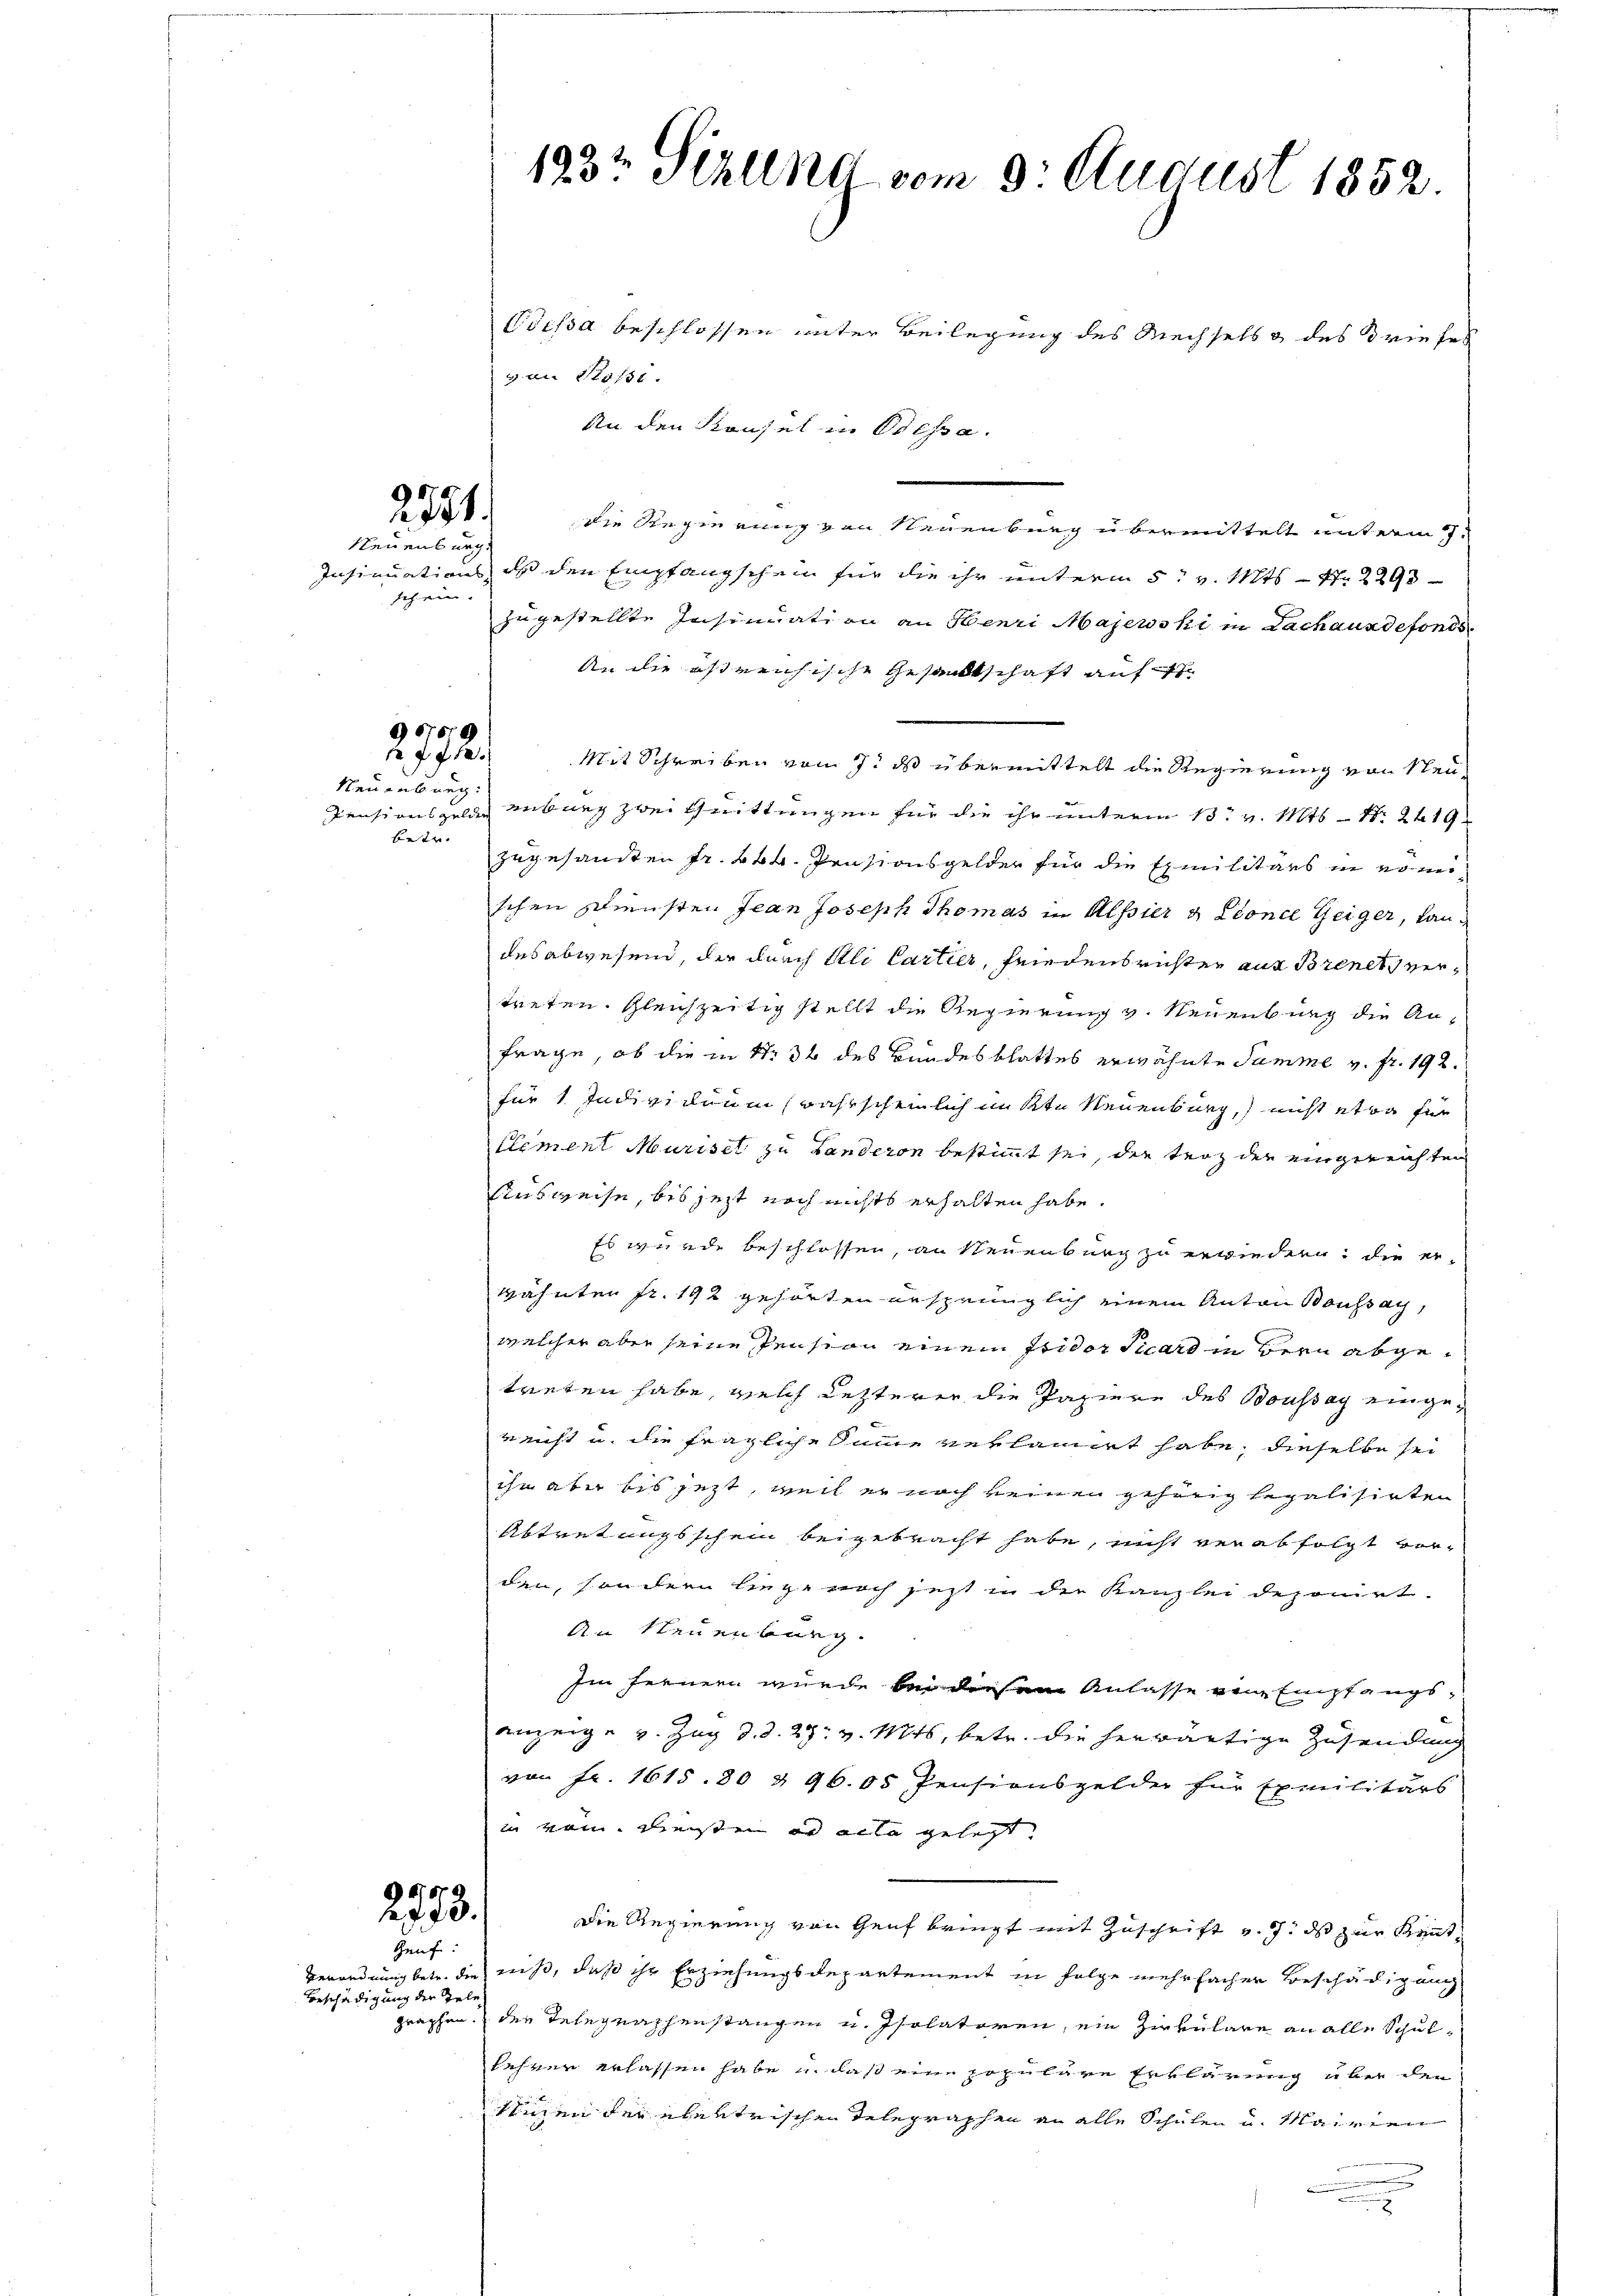
2771.
Neuenburg.

Ich ein

6769
 77 f.

Neuenburg:
betr.

4

Genf:
Beschädigung der Tele¬

1932 Sizung vom 9. August 1852.

Odessa beschlossen unter Beilegung des Mechsels & des Briefes
gan Passi
An den Konsel in Odessa.
die Regierung von Neuenburg übermittelt unterm 7.
Insinuations, ist den Empfangschein für die ihr unterm 5t v. Mts. – Nr. 2293
zugestellte Insinuation an Henri Majewski in Lachausdefonds
An die östreichische Gesandtschaft auf
Mit Schreiben vom 7. ds übermittelt die Regierung von Steu¬
Pensionsgeln anburg zwei Quittungen für die ihr unterm 13t v. Mts. – Nr. 2419
zugesandten Fr. 244. Präsionsgelder für die Emilitärs in voneischen Diensten Jean Joseph Thomas in Messier & Concl Zeiger, Landes abwesend, der durch Ali Cartier, Friedensrichter aus Brenet vertreten. Gleichzeitig stellt die Regierung v. Neuenburg die An-
frage, ob die in Nr. 32 des Bundesblattes erwähnte Summe v. fr. 192.
für 1. Individuum wahrscheinlich mitte Neuenburg, nicht etwa für
Element Muriset zu Landeron bestimmt sei, die terz der eingereichten
Ausweise, bis jezt noch nichts erhalten habe.
Es wurde beschlossen, an Neuenburg zu erwiedern, die erwähnten fr. 192 gehörten ursprünglich einem Anton Boussay,
welcher aber seine Pension einem Fridor Piard in Bern abgetreten habe, welch letzterer die Papiere des Boussay eingereicht u. die fragliche Summe verlangt habe, dieselbe sei
ihm aber bis jezt, weil er noch keinen gehörig legalisirten
Abtretungsschein beigebracht habe, nicht verabfolgt vorden, sondern liege noch zeit in der Kanzlei deponirt
An Neuenburg.
Im ferner wurde bei diesem Anlasse von Empfangsanzeige v. Zug d. d. 27. v. Mts. betr. die herwärtige Zusendung
von Fr. 1615. 80 & 96.05, Pensionsgelder für Exmilitärs
in vom Diensten er acta gelegt.
2723.
Die Regierung von Genf bringt mit Zuschrift v. 7. ds zur Kent¬
Verordnung betr. die muß, daß ihr Erziehungsdepartement in Folge mehrfacher Beschädigung
graphen, der Telegraphenstangen u. Isolatoren, ein Zirkulare an alle Schulkehrer erlassen habe u daß eine populäre Erklärung über den
seinen der ebentrischen Telegraphen an alle Schulen u. Mairien